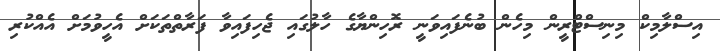
އިސްލާމިކް މިނިސްޓްރީން މިހެން ބުނެފައިވަނީ ރޮހިންޔާގެ ހާލުގައި ޖެހިފައިވާ ފަރާތްތަކަށް އެހީވުމަށް އެއްކުރި